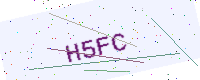
Text: H5FC